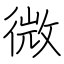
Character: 微